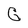
Character: G